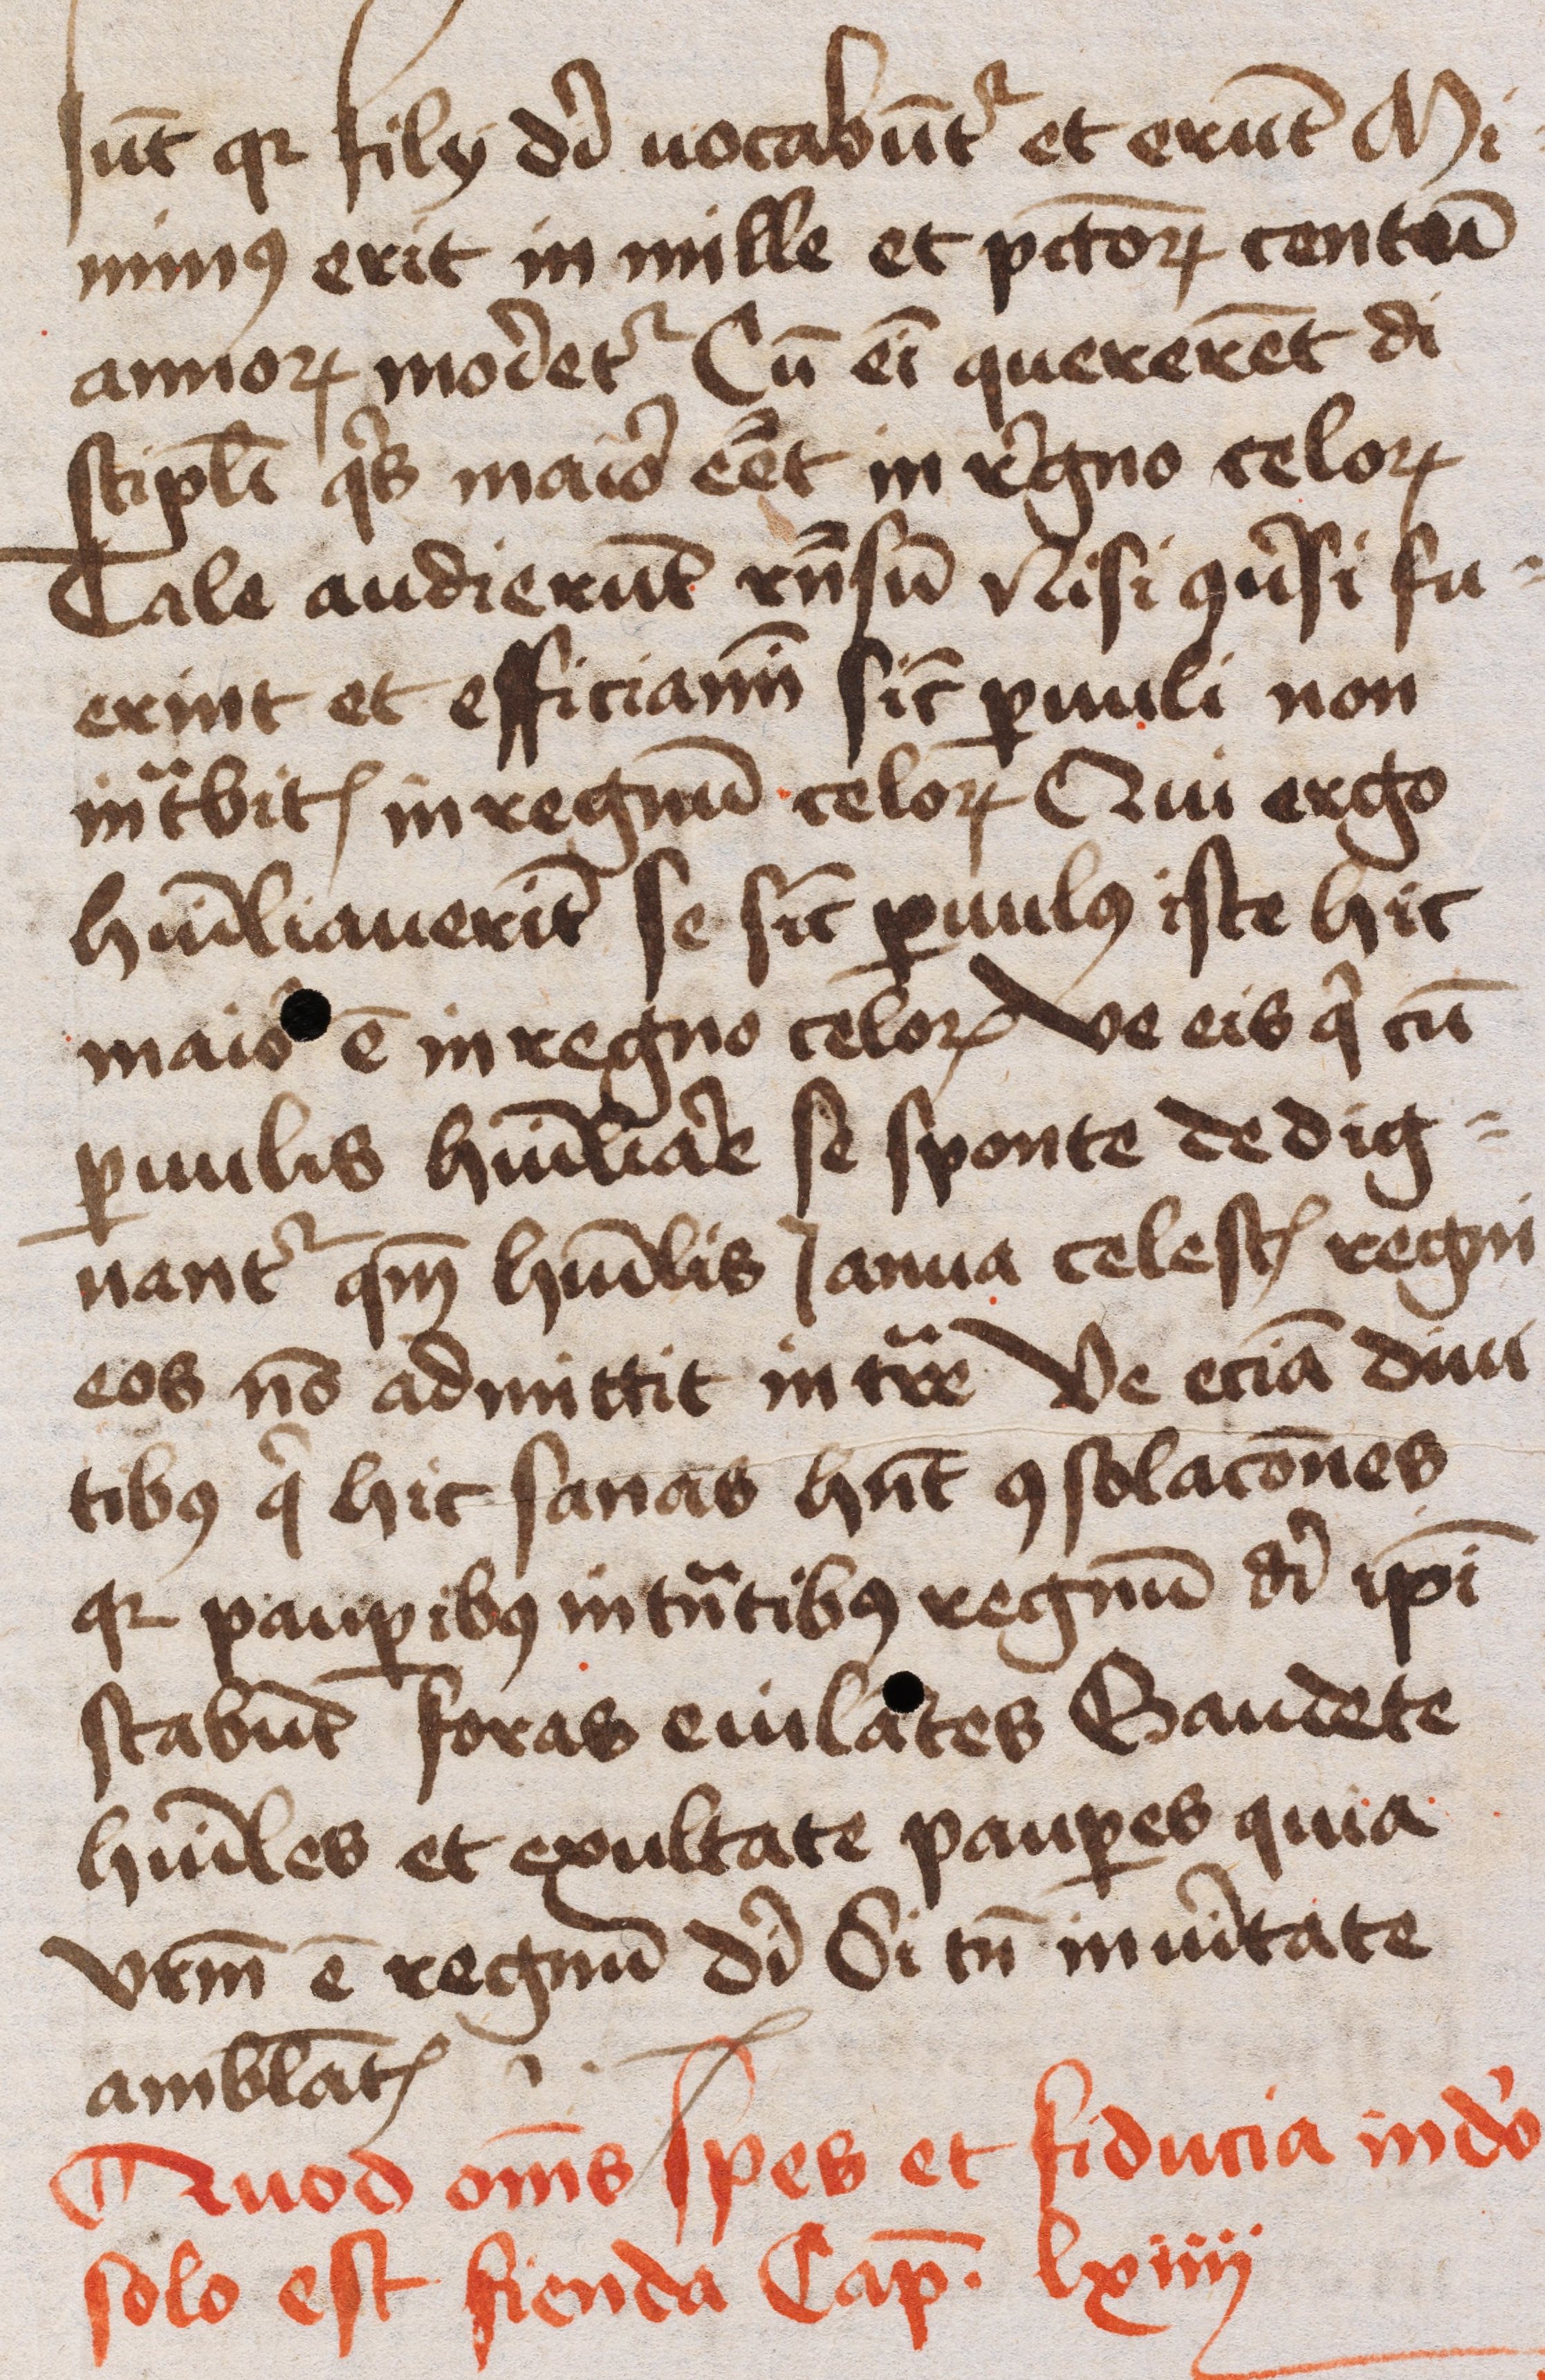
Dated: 1445–1455